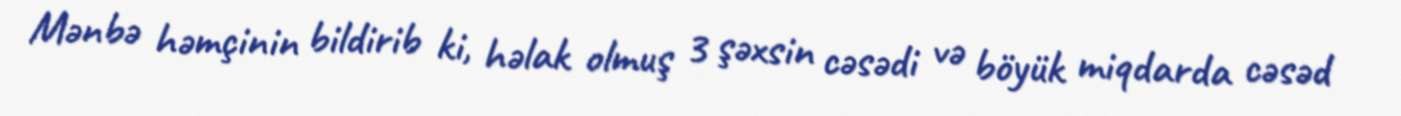
Mənbə həmçinin bildirib ki, həlak olmuş 3 şəxsin cəsədi və böyük miqdarda cəsəd